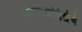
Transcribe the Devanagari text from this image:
मानव्यविद्येचे